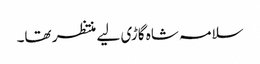
سلامہ شاہ گاڑی لیے منتظر تھا۔